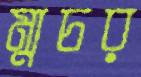
ম্যুচর